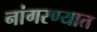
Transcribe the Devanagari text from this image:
नांगरण्यात